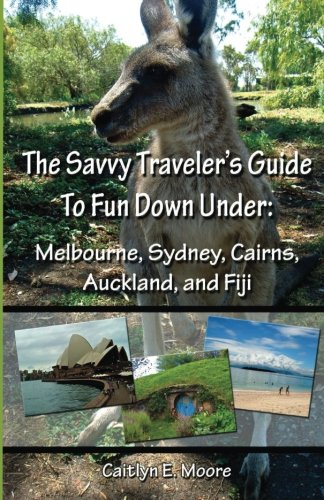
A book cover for The Savvy Traveler's Guide to Fun Down Under: Melbourne, Sydney, Cairns, Auckland, and Fiji (Volume 1); Caitlyn E. Moore; Travel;